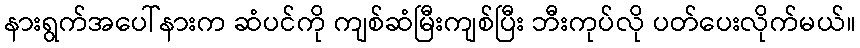
နားရွက်အပေါ်နားက ဆံပင်ကို ကျစ်ဆံမြီးကျစ်ပြီး ဘီးကုပ်လို ပတ်ပေးလိုက်မယ်။